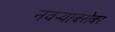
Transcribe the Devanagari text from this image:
नवर्‍याबरोबर